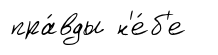
пра́вды н'е́б'е